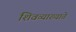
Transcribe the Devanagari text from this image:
शिवव्याख्याते